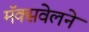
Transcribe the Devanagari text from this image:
मॅक्सवेलने